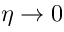
\eta \to 0